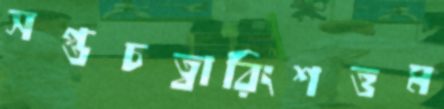
সপ্তচত্বারিংশত্তম